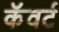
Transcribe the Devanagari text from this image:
कॅवर्ट